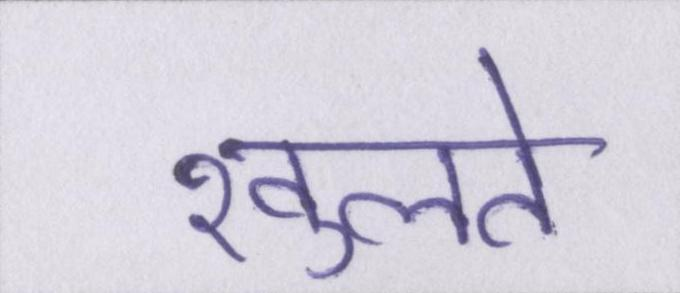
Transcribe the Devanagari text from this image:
खुलते